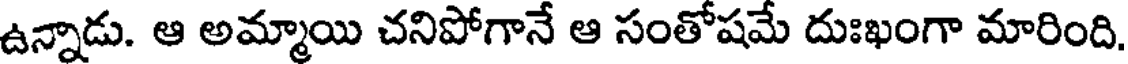
ఉన్నాడు. ఆ అమ్మాయి చనిపోగానే ఆ సంతోషమే దుఃఖంగా మారింది